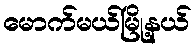
မောက်မယ်မြို့နယ်